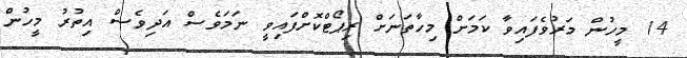
14 މީހުން މަރުވެފައިވާ ކަމަށް މިހާތަނަށް ރިޕޯޓްކޮށްފައިވީ ނަމަވެސް އަދިވެސް އިތުރު މީހުން